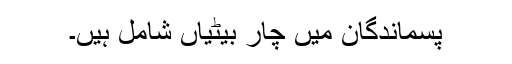
پسماندگان میں چار بیٹیاں شامل ہیں۔